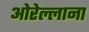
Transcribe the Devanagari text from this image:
ओरेल्लाना